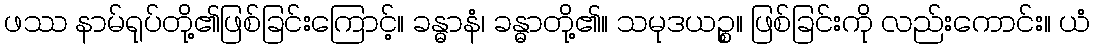
ဖဿ နာမ်ရုပ်တို့၏ဖြစ်ခြင်းကြောင့်။ ခန္ဓာနံ၊ ခန္ဓာတို့၏။ သမုဒယဉ္စ။ ဖြစ်ခြင်းကို လည်းကောင်း။ ယံ